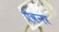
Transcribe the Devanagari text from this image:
ऐवनर